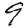
Digit: 9